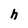
Character: h